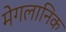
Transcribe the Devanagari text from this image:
मेगलानिक